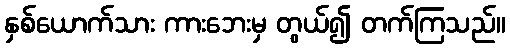
နှစ်ယောက်သား ကားဘေးမှ တွယ်၍ တက်ကြသည်။